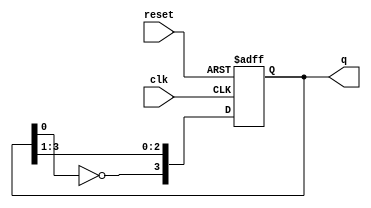
module johnson_counter (
    input wire clk,        // Clock input
    input wire reset,      // Reset input
    output reg [3:0] q     // 4-bit output
);

    // State transition logic for the Johnson Counter
    always @(posedge clk or posedge reset) begin
        if (reset) begin
            q <= 4'b0000; // Reset to initial state
        end else begin
            q <= {~q[0], q[3:1]}; // Shift and invert the LSB to MSB
        end
    end

endmodule